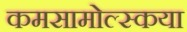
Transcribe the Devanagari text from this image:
कमसामोल्स्कया